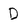
Character: D